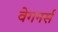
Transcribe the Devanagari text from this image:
वेगनर्स